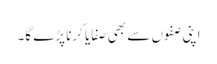
اپنی صفوں سے بھی صفایا کرنا پڑے گا۔